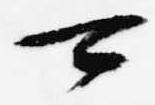
可